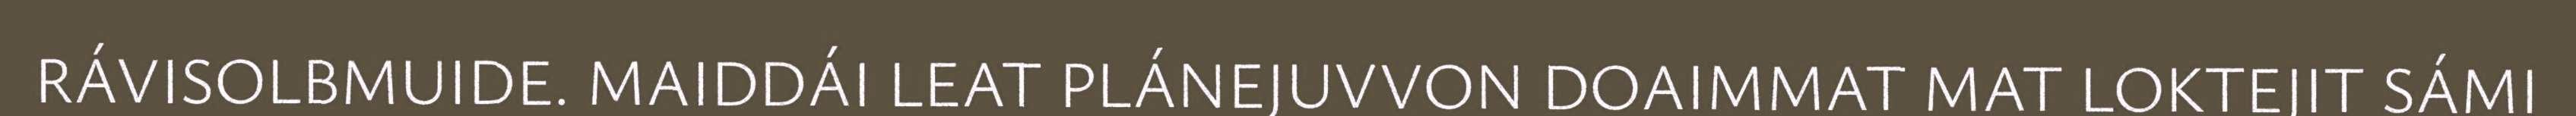
RÁVISOLBMUIDE. MAIDDÁI LEAT PLÁNEJUVVON DOAIMMAT MAT LOKTEJIT SÁMI